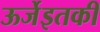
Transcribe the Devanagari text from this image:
ऊर्जेइतकी